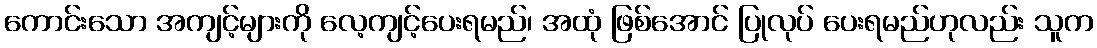
ကောင်းသော အကျင့်များကို လေ့ကျင့်ပေးရမည်၊ အထုံ ဖြစ်အောင် ပြုလုပ် ပေးရမည်ဟုလည်း သူက